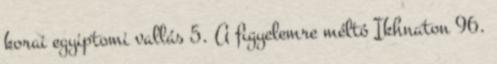
korai egyiptomi vallás 5. A figyelemre méltó Ikhnaton 96.